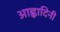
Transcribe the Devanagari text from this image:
आह्वादिनी